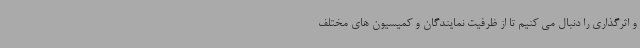
و اثرگذاری را دنبال می کنیم تا از ظرفیت نمایندگان و کمیسیون های مختلف